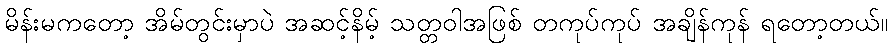
မိန်းမကတော့ အိမ်တွင်းမှာပဲ အဆင့်နိမ့် သတ္တဝါအဖြစ် တကုပ်ကုပ် အချိန်ကုန် ရတော့တယ်။